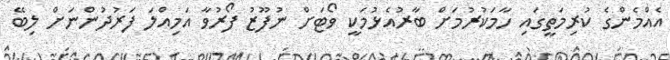
އެއްމެންގެ ކުރިމަތީގައި ހާމަކުރުމަށް ބާރުއެޅުމަކީ ވޯޓަށް ނުފޫޒު ފޯރުވާ އަމިއްލަ ފަރުދުންނަށް ލިބޭ